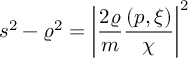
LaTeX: s ^ { 2 } - \varrho ^ { 2 } = \left| \frac { 2 \varrho } { m } \frac { ( p , \xi ) } { \chi } \right| ^ { 2 }